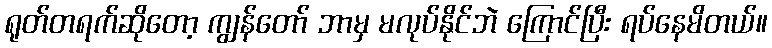
ရုတ်တရက်ဆိုတော့ ကျွန်တော် ဘာမှ မလုပ်နိုင်ဘဲ ကြောင်ပြီး ရပ်နေမိတယ်။